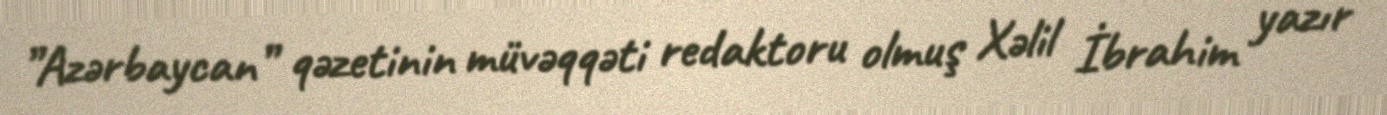
”Azərbaycan” qəzetinin müvəqqəti redaktoru olmuş Xəlil İbrahim yazır